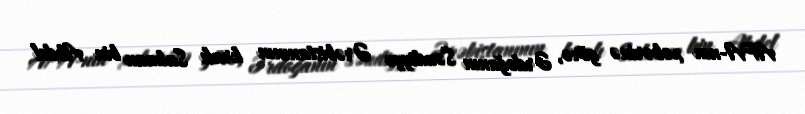
APA-nın xəbərinə görə, Ərdoğanın Səudiyyə Ərəbistanının kralı Salman bin Abdel